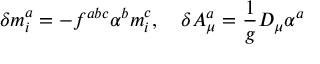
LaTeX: \delta m _ { i } ^ { a } = - f ^ { a b c } \alpha ^ { b } m _ { i } ^ { c } , \quad \delta A _ { \mu } ^ { a } = \frac 1 g D _ { \mu } \alpha ^ { a }